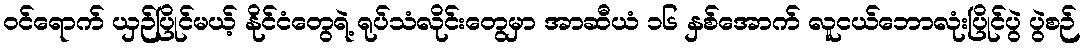
၀င်ရောက် ယှဉ်ပြိုင်မယ့် နိုင်ငံတွေရဲ့ ရုပ်သံလိုင်းတွေမှာ အာဆီယံ ၁၆ နှစ်အောက် လူငယ်ဘောလုံးပြိုင်ပွဲ ပွဲစဉ်